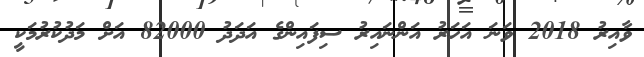
ވާއިރު 2018 ވަނަ އަހަރު އަންނައިރު ސިފައިންގެ އަދަދު 82000 އަށް މަދުކުރުމަކީ